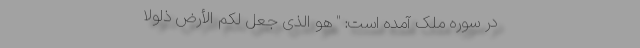
در سوره ملک آمده است: " هُوَ الَّذِی جَعَلَ لَکُمُ الْأَرْضَ ذَلُولًا